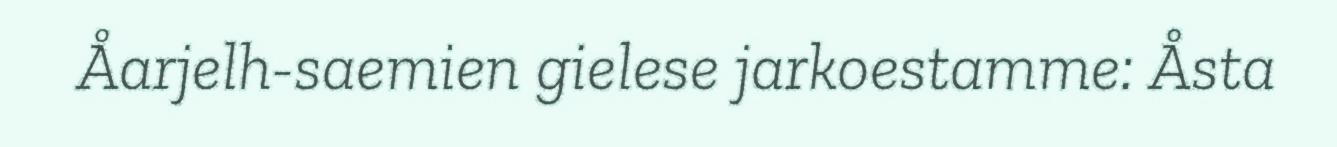
Åarjelh-saemien gielese jarkoestamme: Åsta